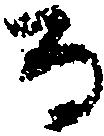
る